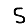
Digit: 5